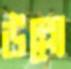
উল্ল্যে